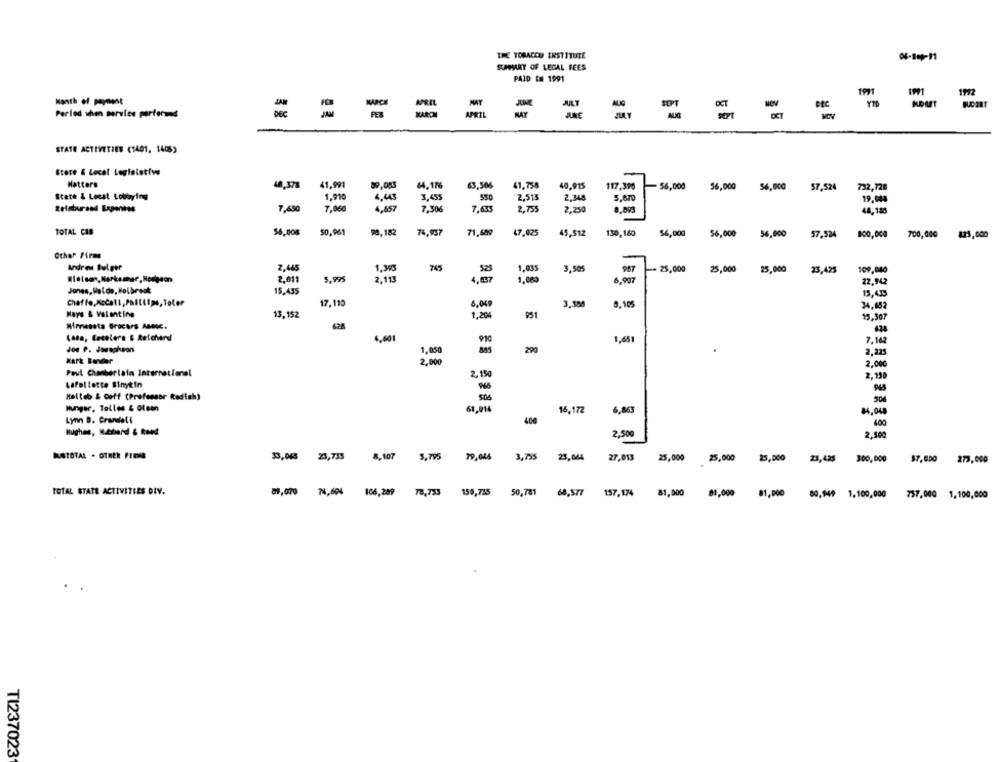
THE TORACOD INSTITUTE
04-809-11
SUMMARY OF LEGAL FEES
PAID Em 1991
JUNE
Period when marulte perferand
MAY
=
STATE ACTIVITIES (1401, 1406)
Store & Local Legislatiw
Matters
63,506
41,758
48,378
41,991
89,083
64,17%
40,915
117,390
- 56,000
56,000
56,000
57,524
732,728
State & Local Lobbying
1,910
3,45
SSO
2.513
2,348
5.070
19,008
4,43
Zelenburand Expertss
7,650
7,06
4657
7,30
7,633
2,755
2.250
44,188
TOTAL CAR
55,008
30,961
98.182
74,957
71,689
47.025
45,512
130,160
56,000
56,000
56.000
57,524
800,000
700,000
123,000
Other Firms
Andres Bulger
2.445
745
1,993
525
1,835
3,505
987
25,000
25,000
25,000
23,425
109,080
2,011
5,995
2.11
4,837
1.00
6,907
22.942
Jones, Walde, HoUbrosk
15.435
13,433
Chaffe,Mccall, Phillips, Toler
17.110
8,049
3.38
0.105
34.685
Mays & Valentine
13,152
1,20
951
15.307
Miressta Grocers ABmc.
628
Lasa, Leselers & Reichard
5.001
1,651
7.162
Joe P. Joesgheon
200
1,050
2,225
2.000
2.000
Paul Chamberlain Internetferal
2.150
2,130
Lafollette Sinykin
Molteb & coff (Professor Radieh)
506
506
Hunger, Tolles & olsen
61,016
16.172
6,863
84,048
Lynn D. Crandall
400
400
2.500
2,100
RETOTAL . OTHER PIDAS
33,043
23,733
8, 107
5.795
3,755
23,044
27,013
25,000
25,000
25,000
23,425
300,000
273,000
TOTAL STATE ACTIVITIES DIV.
81,070 1,604 106, 289
76,755
159,735
50,781
68,577
157,174
81,000 81,000 81,000
80,949 1,100,000
757,000 1,100,000
TI237023